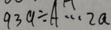
9 3 9 \div A \cdots 2 a